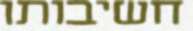
חשיבותו